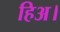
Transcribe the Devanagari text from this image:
हिअ।